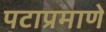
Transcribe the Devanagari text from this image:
पटाप्रमाणे